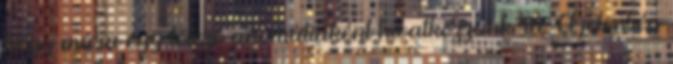
hogy mára egy létező anomáliaként hivatkozzunk rá. A jelenség